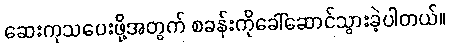
ဆေးကုသပေးဖို့အတွက် စခန်းကိုခေါ်ဆောင်သွားခဲ့ပါတယ်။